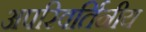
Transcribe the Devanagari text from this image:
अपरिवर्तिनीय